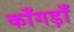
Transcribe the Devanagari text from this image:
काँगड़ाँ